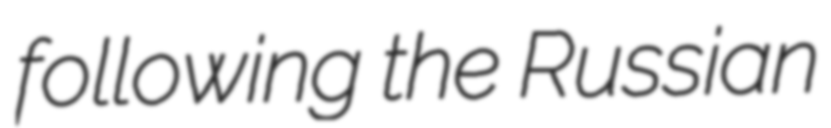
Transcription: following the Russian